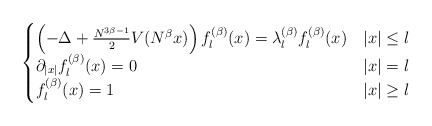
\begin{align*} \begin{cases}\left( -\Delta+\frac{N^{3\beta-1}}{2}V(N^\beta x) \right) f^{(\beta)}_{l}(x)=\lambda_l^{(\beta)} f_l^{(\beta)}(x)&|x|\le l\\\partial_{|x|} f_l^{(\beta)}(x)=0\quad& |x|=l\\f_l^{(\beta)}(x)=1& |x|\ge l\end{cases}\end{align*}